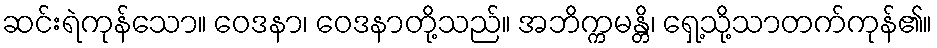
ဆင်းရဲကုန်သော။ ဝေဒနာ၊ ဝေဒနာတို့သည်။ အဘိက္ကမန္တိ၊ ရှေ့သို့သာတက်ကုန်၏။